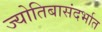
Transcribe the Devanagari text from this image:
ज्योतिबासंदर्भात